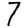
Digit: 7